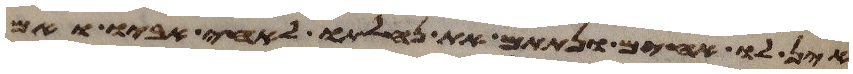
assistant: אין לו אחים ונתתם את נחלתו לאחי אביו ואם